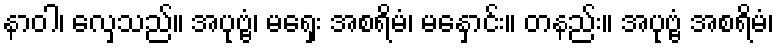
နာဝါ၊ လှေသည်။ အပုဗ္ဗံ၊ မရှေး အစရိမံ၊ မနှောင်း။ တနည်း။ အပုဗ္ဗံ အစရိမံ၊